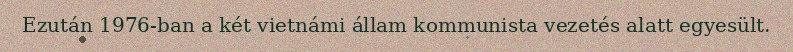
Ezután 1976-ban a két vietnámi állam kommunista vezetés alatt egyesült.